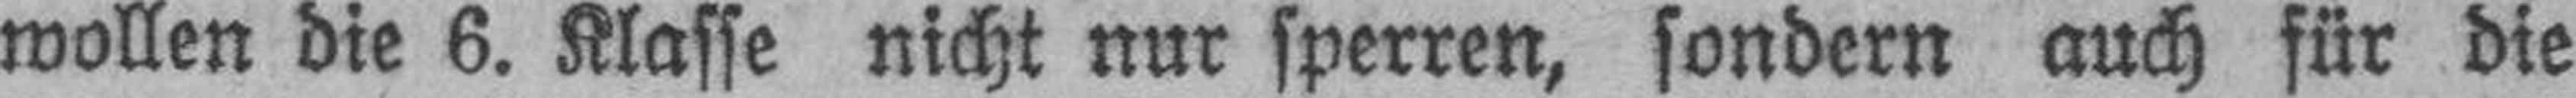
wollen die 6. Klasse nicht nur sperren, sondern auch für die